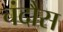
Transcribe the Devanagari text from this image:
चंदौस